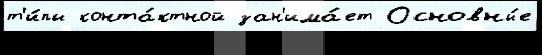
т'и́пы конта́ктной зан'има́ет Основны́е